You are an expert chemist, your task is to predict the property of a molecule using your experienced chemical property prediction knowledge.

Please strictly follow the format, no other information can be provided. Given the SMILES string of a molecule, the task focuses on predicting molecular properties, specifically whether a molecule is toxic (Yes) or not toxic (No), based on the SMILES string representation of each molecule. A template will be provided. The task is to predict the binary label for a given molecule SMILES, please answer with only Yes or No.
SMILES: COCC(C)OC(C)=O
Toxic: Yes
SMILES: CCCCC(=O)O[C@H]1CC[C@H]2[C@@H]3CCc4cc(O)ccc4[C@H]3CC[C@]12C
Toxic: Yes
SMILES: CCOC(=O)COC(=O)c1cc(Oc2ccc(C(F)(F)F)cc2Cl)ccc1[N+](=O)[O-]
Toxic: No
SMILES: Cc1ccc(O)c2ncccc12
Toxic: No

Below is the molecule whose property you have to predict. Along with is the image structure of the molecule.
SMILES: CO[C@H]1O[C@H](CO)[C@@H](O)[C@H](O)[C@H]1O
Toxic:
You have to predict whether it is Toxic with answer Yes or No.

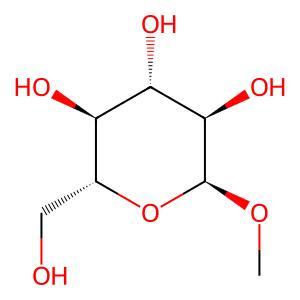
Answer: No